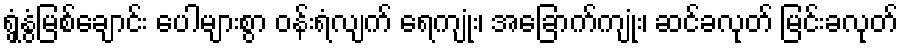
ရွှံ့နွံမြစ်ချောင်း ပေါများစွာ ဝန်းရံလျက် ရေကျုံး၊ အခြောက်ကျုံး၊ ဆင်ခလုတ် မြင်းခလုတ်